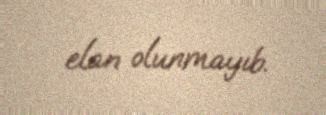
elan olunmayıb.